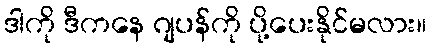
ဒါကို ဒီကနေ ဂျပန်ကို ပို့ပေးနိုင်မလား။